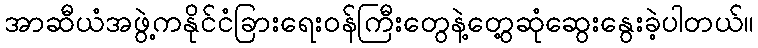
အာဆီယံအဖွဲ့ကနိုင်ငံခြားရေးဝန်ကြီးတွေနဲ့တွေ့ဆုံဆွေးနွေးခဲ့ပါတယ်။